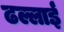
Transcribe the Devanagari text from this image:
ढल्लाई